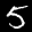
Label: 5